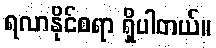
ရလာနိုင်စရာ ရှိပါတယ်။